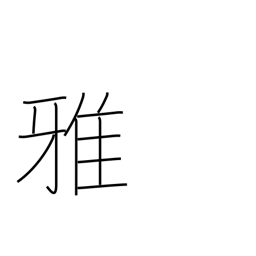
Meaning: elegant